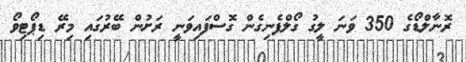
ރޮނާލްޑޯގެ 350 ވަނަ ލީގު ގޯލްފެނިގެން ގޮސްފައިވަނީ ރަށުން ބޭރުގައި މިރޭ ޑިޕޯޓިވޯ